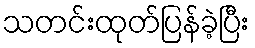
သတင်းထုတ်ပြန်ခဲ့ပြီး